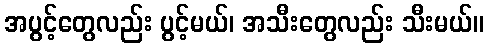
အပွင့်တွေလည်း ပွင့်မယ်၊ အသီးတွေလည်း သီးမယ်။